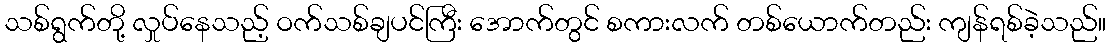
သစ်ရွက်တို့ လှုပ်နေသည့် ဝက်သစ်ချပင်ကြီး အောက်တွင် စကားလက် တစ်ယောက်တည်း ကျန်ရစ်ခဲ့သည်။